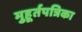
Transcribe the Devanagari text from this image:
मुहूर्तपत्रिका